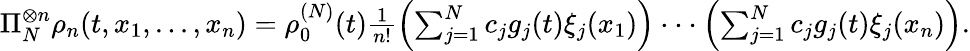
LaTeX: \begin{array}{r}{\Pi_{N}^{\otimes n}\rho_{n}(t,x_{1},...,x_{n})=\rho_{0}^{(N)}(t)\frac{1}{n!}\left(\sum_{j=1}^{N}c_{j}g_{j}(t)\xi_{j}(x_{1})\right)\cdot\cdot\cdot\left(\sum_{j=1}^{N}c_{j}g_{j}(t)\xi_{j}(x_{n})\right).}\end{array}